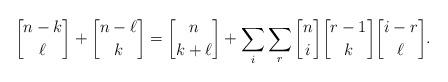
LaTeX: \begin{align*}{n-k \brack \ell}+{n-\ell\brack k}={n \brack k+\ell} +\sum_{i}\sum_{r}{n \brack i}{r-1 \brack k}{i-r \brack \ell}.\end{align*}